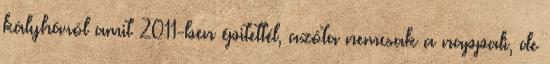
kályháról amit 2011-ben épitettél, azóta nemcsak a nappali, de